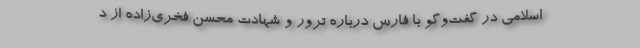
اسلامی در گفت‌وگو با فارس درباره ترور و شهادت محسن فخری‌زاده از د